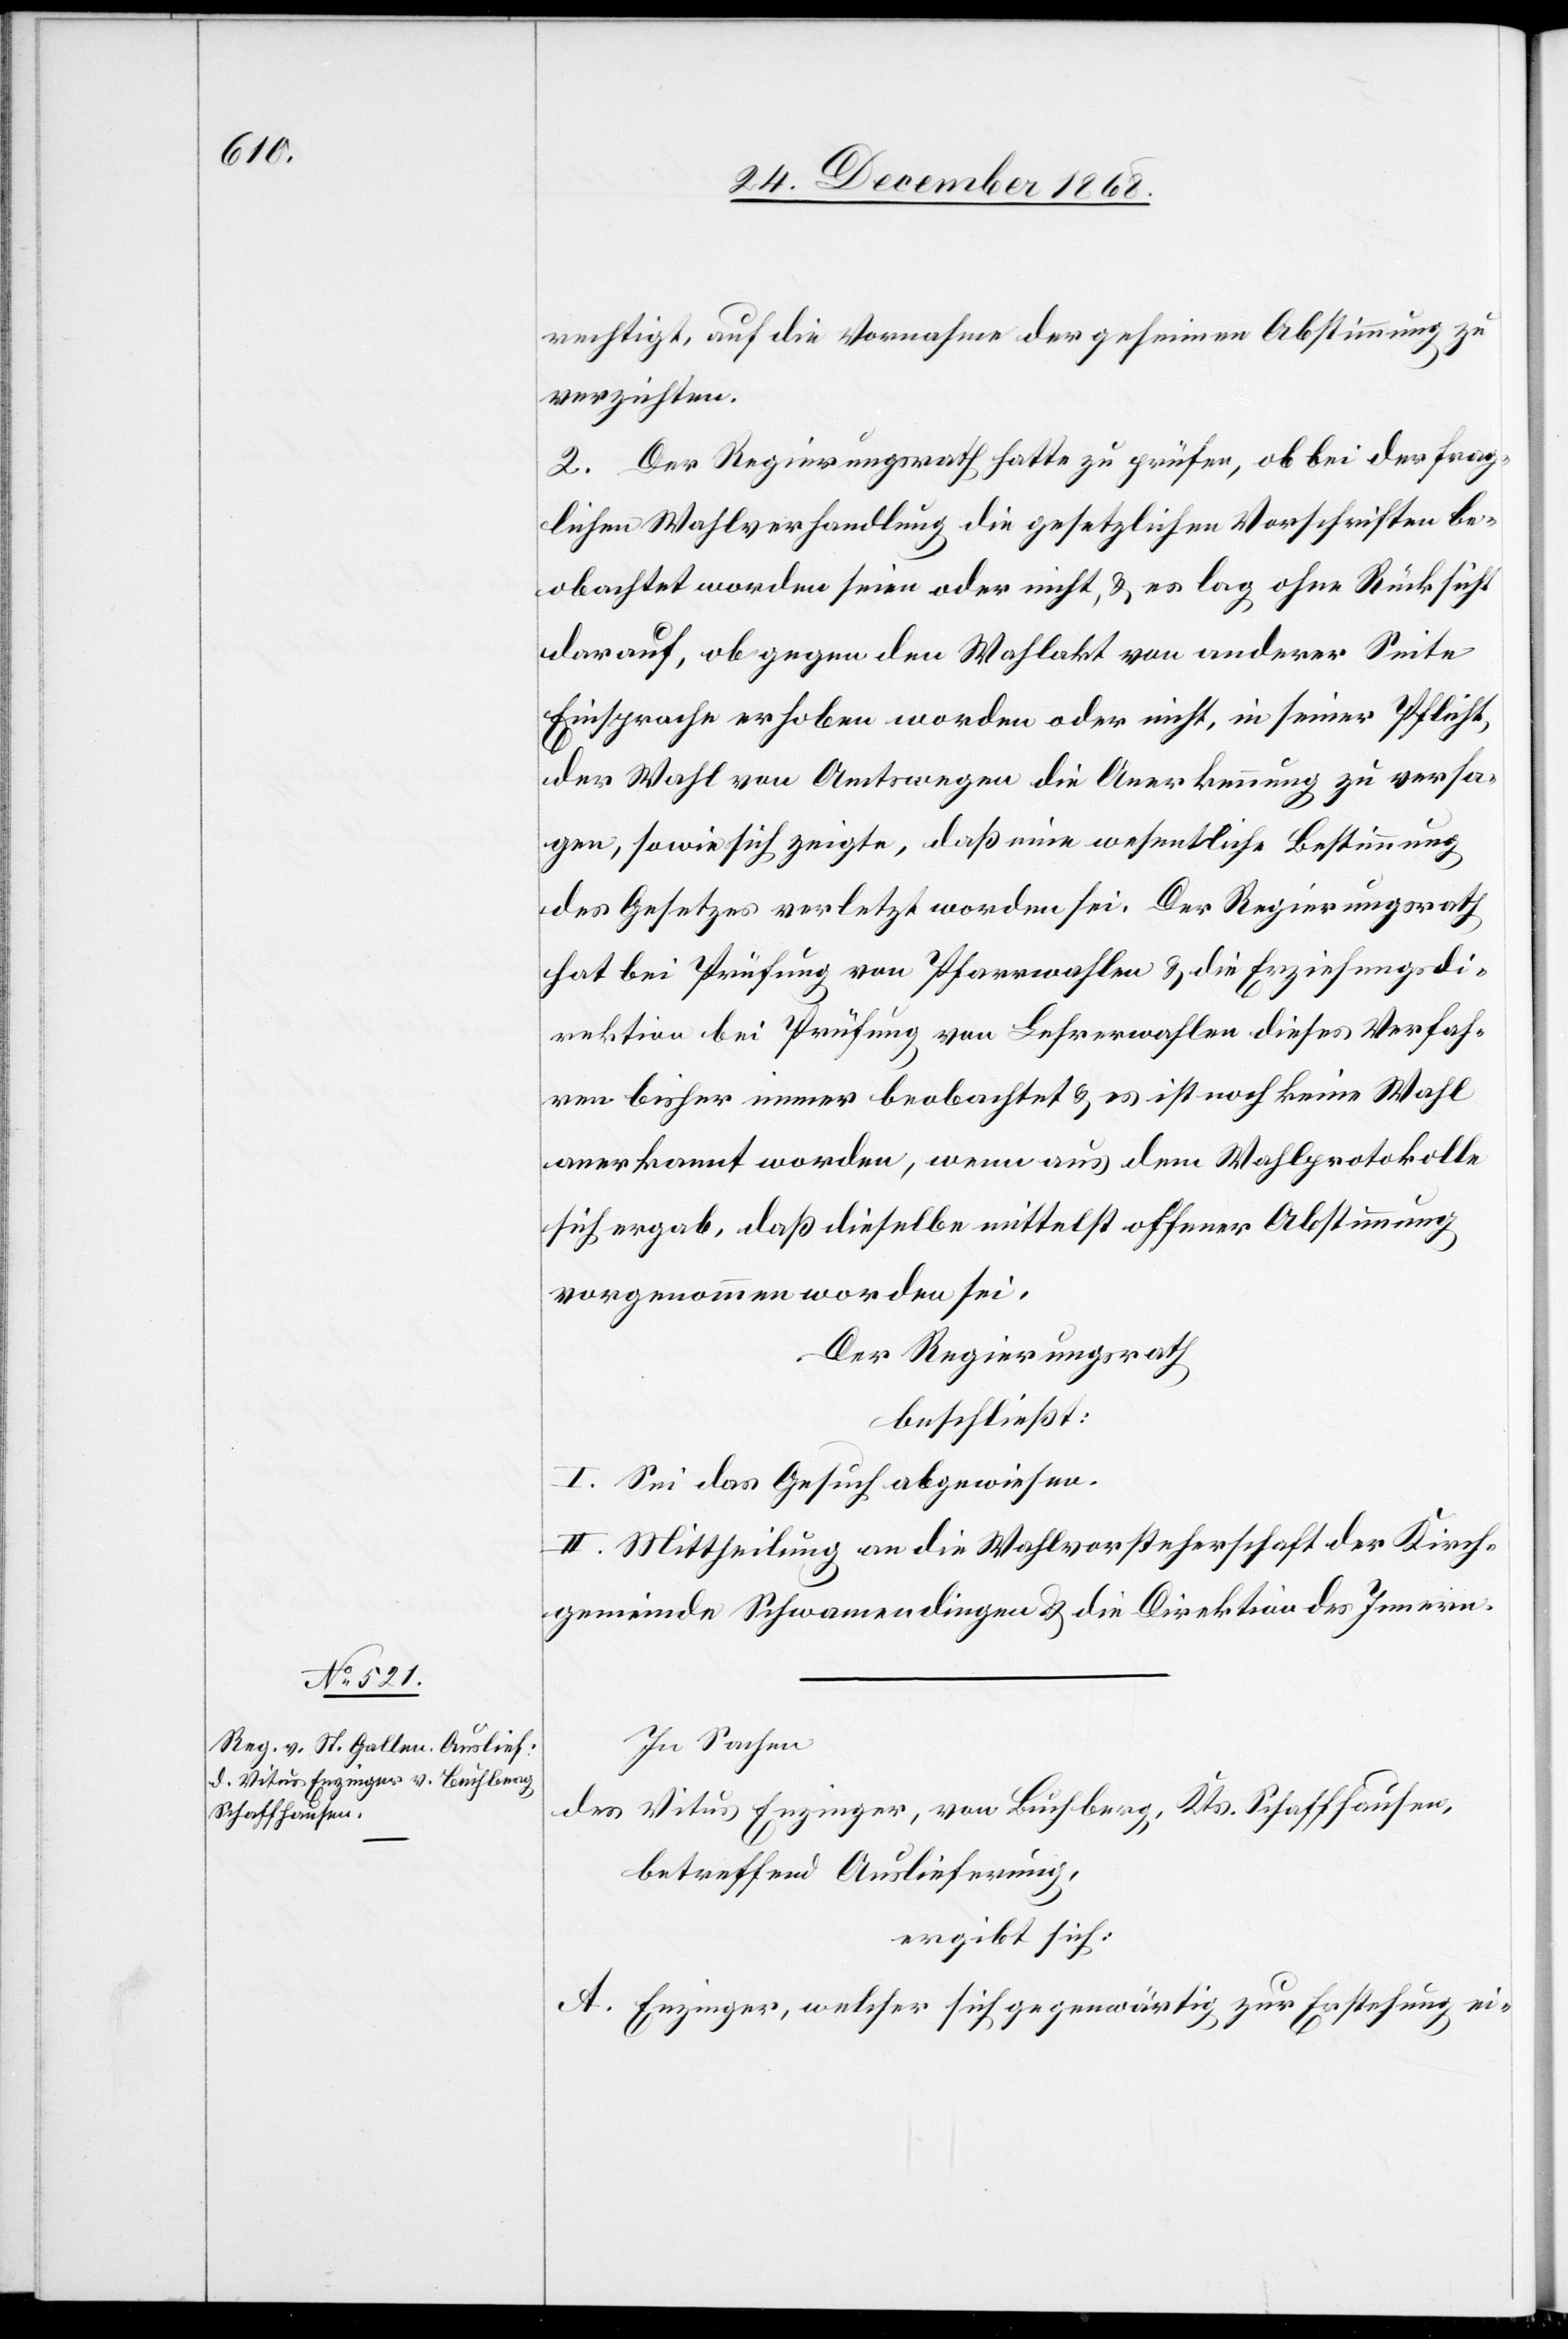
rechtigt, auf die Vornahme der geheimen Abstimmung zu
verzichten.
2. Der Regierungsrath hatte zu prüfen, ob bei der frag¬
lichen Wahlverhandlung die gesetzlichen Vorschriften be¬
obachtet worden seien oder nicht, & es lag ohne Rücksicht
darauf, ob gegen den Wahlakt von anderer Seite
Einsprache erhoben worden oder nicht, in seiner Pflicht,
der Wahl von Amtswegen die Anerkennung zu versa¬
gen, sowie sich zeigte, daß eine wesentliche Bestimmung
des Gesetzes verletzt worden sei. Der Regierungsrath
hat bei Prüfung von Pfarrwahlen & die Erziehungsdi¬
rektion bei Prüfung von Lehrerwahlen dieses Verfah¬
ren bisher immer beobachtet & es ist noch keine Wahl
anerkannt worden, wenn aus dem Wahlprotokolle
sich ergab, daß dieselbe mittelst offener Abstimmung
vorgenommen worden sei.
Der Regierungsrath
beschließt:
I. Sei das Gesuch abgewiesen.
II. Mittheilung an die Wahlvorsteherschaft der Kirch¬
gemeinde Schwamendingen & die Direktion des Innern.
In Sachen
des Vitus Enzinger, von Buchberg, Kts. Schaffhausen,
betreffend Auslieferung,
ergibt sich:
A. Enzinger, welcher sich gegenwärtig zur Erstehung ei-